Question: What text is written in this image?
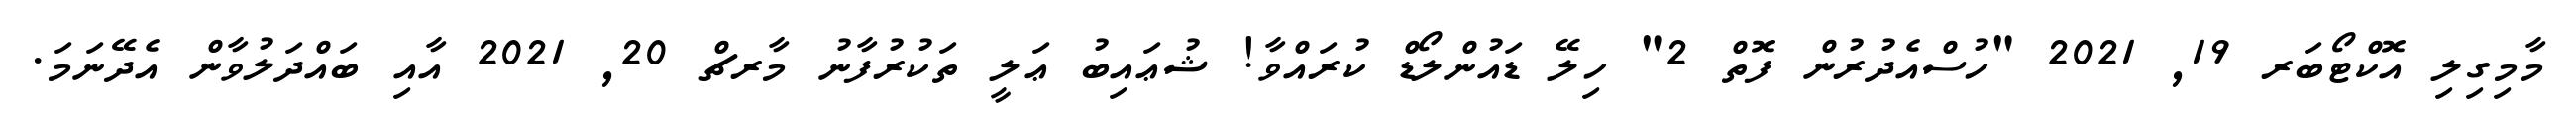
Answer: މާމިގިލި އޮކްޓޯބަރ 19, 2021 "ހުސްއެދުރުން ފޮތް 2" ހިލޭ ޑައުންލޯޑް ކުރައްވާ! ޝުޢައިބު ޢަލީ ތަކުރުފާނު މާރޗް 20, 2021 އާއި ބައްދަލުވާން އެދޭނަމަ.